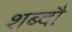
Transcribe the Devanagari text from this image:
शब्दौ